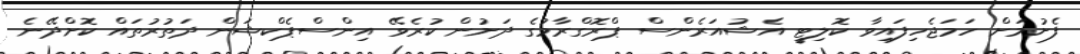
ފެށުމަށް ހަމަޖެހިފައިވާ ކޮލިޓީ އެޝުއަރެންސް ޕްރޮގްރާމުގެ ދަށުން ކުރެވޭ އިންސްޕެކްޝަން ދަތުރުތައް ކޮށްދޭނެ